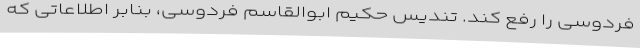
فردوسی را رفع کند. تندیس حکیم ابوالقاسم فردوسی، بنابر اطلاعاتی که